Lunatic asylums Punjab 1881-1894 - 1881-1894
Year: 1881
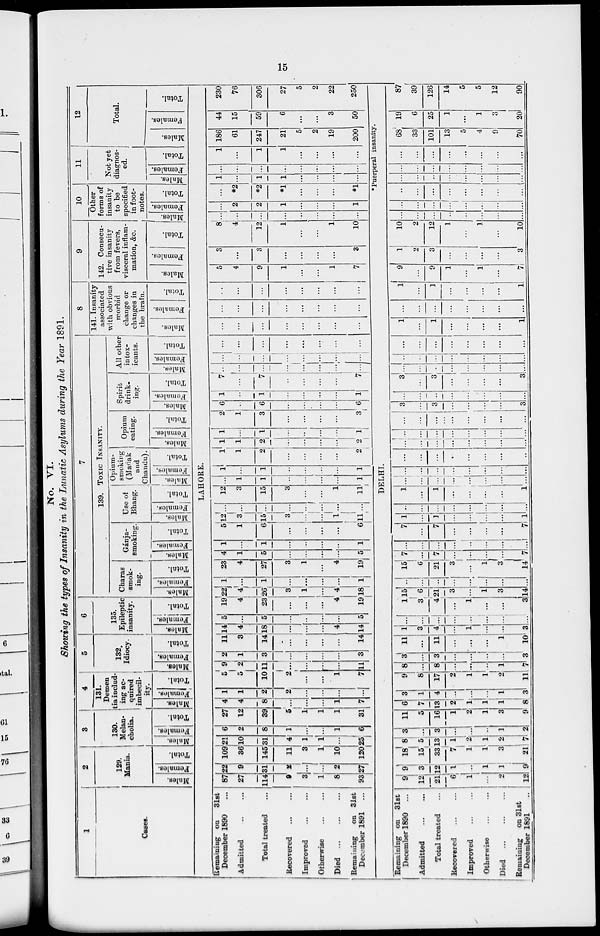
15
No. VI.
Showing the types of Insanity in the Lunatic Asylums during the Year 1891.
1
Cases.
2
129.
Mania.
Males.
Females.
Total.
3
130.
Melan-
cholia.
Males.
Females.
Total.
4
131.
Demen-
tia includ-
ing ac-
quired
imbecil-
ity.
Males.
Females.
Total.
5
132.
Idiocy.
Males.
Females.
Total.
6
135.
Epileptic
insanity.
Males.
Females.
Total.
7
139. TOXIC INSANITY.
Charas
smok-
ing.
Males.
Females.
Total.
Gánja-
smoking.
Males.
Females.
Total.
Use of
Bhang.
Males.
Females.
Total.
Opium-
smoking
(Madak
and
Chandu).
Males.
Females.
Total.
Opium
eating.
Males.
Females.
Total.
Spirit
drink-
ing.
Males.
Females.
Total.
All other
intox-
icants.
Males.
Females.
Total.
8
141. Insanity
associated
with obvious
morbid
change or
changes in
the brain.
Males.
Females.
Total.
9
142. Consecu-
tive insanity
from fevers,
visceral inflam-
mation, &c.
Males.
Females.
Total.
10
Other
forms of
insanity
to be
specified
in foot-
notes.
Males.
Females.
Total.
11
Not yet
diagnos-
ed.
Males.
Females.
Total.
12
Total.
Males.
Females.
Total.
LAHORE.
Remaining on 31st
December 1890 ...
Admitted ... ...
Total
treated ...
Recovered
...
...
Improved
...
...
Otherwise
...
...
Died
...
...
...
Remaining
on 31st
December 1891 ...
87
27
114
9
3
1
8
93
22
9
31
2
...
...
2
27
109
36
145
11
3
1
10
120
21
10
31
4
1
1
...
25
6
2
8
1
...
...
1
6
27
12
39
5
1
1
1
31
4
4
8
...
...
...
1
7
1
1
2
2
...
...
...
...
5
5
10
2
...
...
1
7
9
2
11
...
...
...
...
11
2
1
3
...
...
...
...
3
11
3
14
...
...
...
...
14
14
4
18
...
...
...
4
14
5
...
5
...
...
...
...
5
19
4
23
...
...
...
4
19
22
4
26
3
1
...
4
18
1
...
1
...
...
...
...
1
23
4
27
3
1
...
4
19
4
1
5
...
...
...
...
5
1
...
1
...
...
...
...
1
5
1
6
...
...
...
...
6
12
3
15
3
...
...
1
11
...
...
...
...
...
...
...
...
12
3
15
3
...
...
1
11
...
1
1
...
...
...
...
1
1
...
1
...
...
...
...
1
1
1
2
...
...
...
...
2
1
1
2
...
...
...
...
2
1
...
1
...
...
...
...
1
2
1
3
...
...
...
...
3
6
...
6
...
...
...
...
6
1
...
1
...
...
...
...
1
7
...
7
...
...
...
...
7
...
...
...
...
...
...
...
...
...
...
...
...
...
...
...
...
...
...
...
...
...
...
...
...
...
...
...
...
...
...
...
...
...
...
...
...
...
...
...
...
...
...
...
...
...
...
...
...
5
4
9
1
...
...
1
7
3
...
3
...
...
...
...
3
8
4
12
1
...
...
1
10
...
...
...
...
...
...
...
...
...
2
2
1
...
...
...
1
...
*2
*2
*1
...
...
...
*1
1
...
1
1
...
...
...
...
...
...
...
...
...
...
...
...
1
...
1
1
...
...
...
...
186
61
247
21
5
2
19
200
44
15
59
6
...
...
3
50
230
76
306
27
5
2
22
250
DELHI.
* Puerperal insanity.
Remaining on 31st
December 1890 ...
Admitted
...
...
Total treated
...
Recovered ... ...
Improved ... ...
Otherwise ... ...
Died
...
...
...
Remaining
on 31st
December 1891
...
9
12
21
6
1
...
2
12
9
3
12
1
...
1
1
9
18
15
33
7
1
1
3
21
8
5
13
1
2
1
2
7
3
...
3
...
...
...
1
2
11
5
16
1
2
1
3
9
6
7
13
2
1
1
1
8
3
1
4
...
...
...
1
3
9
8
17
2
1
1
2
11
8
...
8
...
...
...
1
7
3
...
3
...
...
...
...
3
11
...
11
...
...
...
1
10
l
3
4
...
1
...
...
3
...
...
...
...
...
...
...
...
1
3
4
...
1
...
...
3
15
6
21
3
...
1
3
14
...
...
...
...
...
...
...
...
15
6
21
3
...
1
3
14
7
...
7
...
...
...
...
7
...
...
...
...
...
...
...
...
7
...
7
...
...
...
...
7
1
...
1
...
...
...
...
1
...
...
...
...
...
...
...
...
1
...
1
...
...
...
...
1
...
...
...
...
...
...
...
...
...
...
...
...
...
...
...
...
...
...
...
...
...
...
...
...
1
...
...
...
...
...
...
...
...
...
..
...
...
...
...
...
...
...
...
...
...
...
...
...
3
...
3
...
...
...
...
3
...
...
...
...
...
...
...
...
3
...
3
...
...
...
...
3
...
...
...
...
...
...
...
...
...
...
...
...
...
...
...
...
...
...
...
...
...
...
...
...
1
...
1
...
...
...
...
1
...
...
...
...
...
...
...
...
1
...
1
...
...
...
...
1
9
...
9
1
...
1
...
7
1
2
3
...
...
...
...
3
10
2
12
1
...
1
...
10
...
...
...
...
...
...
...
...
...
...
...
...
...
...
...
...
..
...
...
...
...
...
...
...
...
...
...
...
...
...
...
...
...
...
...
...
...
...
...
...
...
...
...
...
...
...
...
...
68
33
101
13
5
4
9
70
19
6
25
1
...
1
3
20
87
39
126
14
5
5
12
90